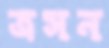
ত্রসন